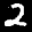
Label: 2